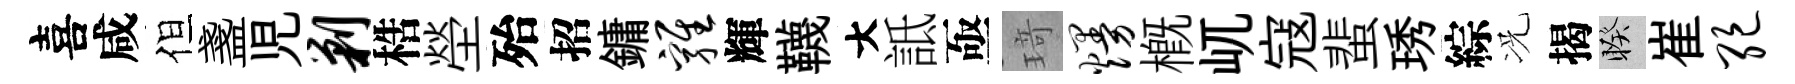
喜咸但盞児剿梏塋殆招鏞鸡輝韈大詆亟𤦺熳概屼寇蜚琇綜况揭睽崔绝